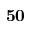
\mathbf { 5 0 }